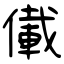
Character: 儎